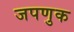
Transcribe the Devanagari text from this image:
जपणुक